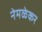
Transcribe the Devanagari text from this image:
नेमळेकर